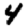
Digit: 4